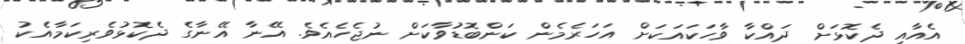
އެއާއި ދެކޮޅަށް ދައްކާ ވާހަކައަކަށް އަހަރެމެން ކަންބޮޑުވާކަށް ނުޖެހެއެވެ. އޭނާ އޭނާގެ ދެކޮޅުވެރިކަމާއެކު